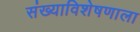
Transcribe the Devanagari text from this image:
संख्याविशेषणाला